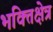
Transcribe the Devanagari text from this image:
भक्तिक्षेत्र